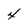
Character: 4